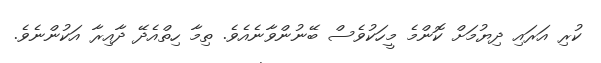
ކުރި އަރައި ދިޔުމަށް ކޮންމެ މީހަކުވެސް ބޭނުންވާނެއެވެ. ތިމާ ހިތްއެދޭ ދާއިރާ އަކުންނެވެ.